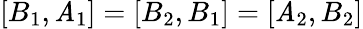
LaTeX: [B_{1},\mathit{A}_{1}]=[B_{2},B_{1}]=[\mathit{A}_{2},B_{2}]